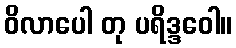
ဝိလာပေါ တု ပရိဒ္ဒဝေါ။